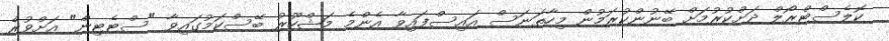
ކޮލެސްޓްރޯލް ދަށްކުރުމަށް ބޭނުންކުރަމުން މިހާތަނަސް އައިސްފައިވާ އެންމެ މަޝްހޫރު ބޭސްކަމުގައިވާ "ސްޓެޓިން" އަށްވުރެ